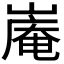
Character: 𪩑